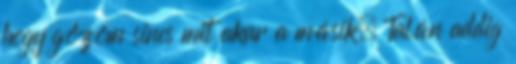
hogy gőzöm sincs mit akar a másik. Talán addig